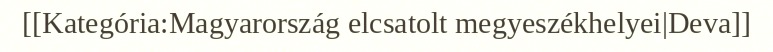
[[Kategória:Magyarország elcsatolt megyeszékhelyei|Deva]]